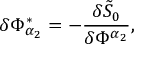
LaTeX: \delta \Phi _ { \alpha _ { 2 } } ^ { * } = - \frac { \delta \tilde { S } _ { 0 } } { \delta \Phi ^ { \alpha _ { 2 } } } ,